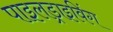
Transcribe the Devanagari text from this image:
पाइलड्राइविंग